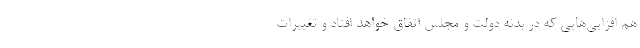
هم افزایی‌هایی که در بدنه دولت و مجلس اتفاق خواهد افتاد و تغییرات